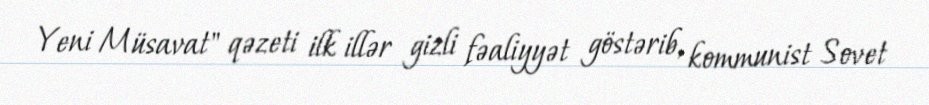
Yeni Müsavat" qəzeti ilk illər gizli fəaliyyət göstərib, kommunist Sovet